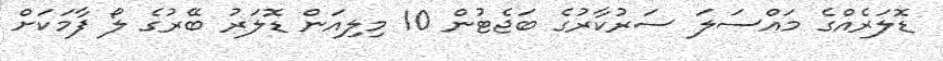
ޑޮލަރެއްގެ މައްސަލަ ސަރުކާރުގެ ބަޖެޓުން 10 މިލިއަން ޑޮލަރު ބޭރުގެ ލޯ ފާމަކަށް